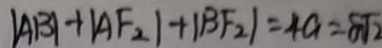
\vert A B \vert + \vert A F _ { 2 } \vert + \vert B F _ { 2 } \vert = 4 a = 8 \sqrt { 2 }